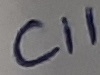
Text: C11